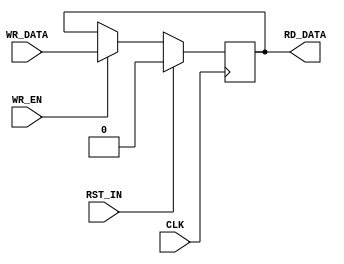
module register
    #(parameter C_WIDTH = 1,
      parameter C_VALUE = 0
      )
    (input CLK,
     input                RST_IN,
     output [C_WIDTH-1:0] RD_DATA,
     input [C_WIDTH-1:0]  WR_DATA,
     input                WR_EN
     );

    reg [C_WIDTH-1:0]     rData;

    assign RD_DATA = rData;
    always @(posedge CLK) begin
        if(RST_IN) begin
            rData <= C_VALUE;
        end else if(WR_EN) begin
            rData <= WR_DATA;
        end 
    end

endmodule